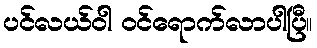
ပင်လယ်ဝါ ဝင်ရောက်လာပါပြီ။